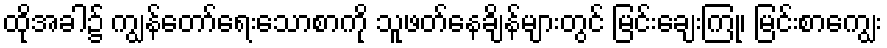
ထိုအခါ၌ ကျွန်တော်ရေးသောစာကို သူဖတ်နေချိန်များတွင် မြင်းချေးကြုံ၊ မြင်းစာကျွေး